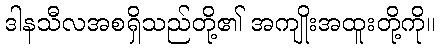
ဒါနသီလအစရှိသည်တို့၏ အကျိုးအထူးတို့ကို။